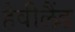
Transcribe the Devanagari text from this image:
हेवीलैंड